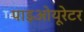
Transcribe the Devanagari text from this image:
पाइओयूरेटर